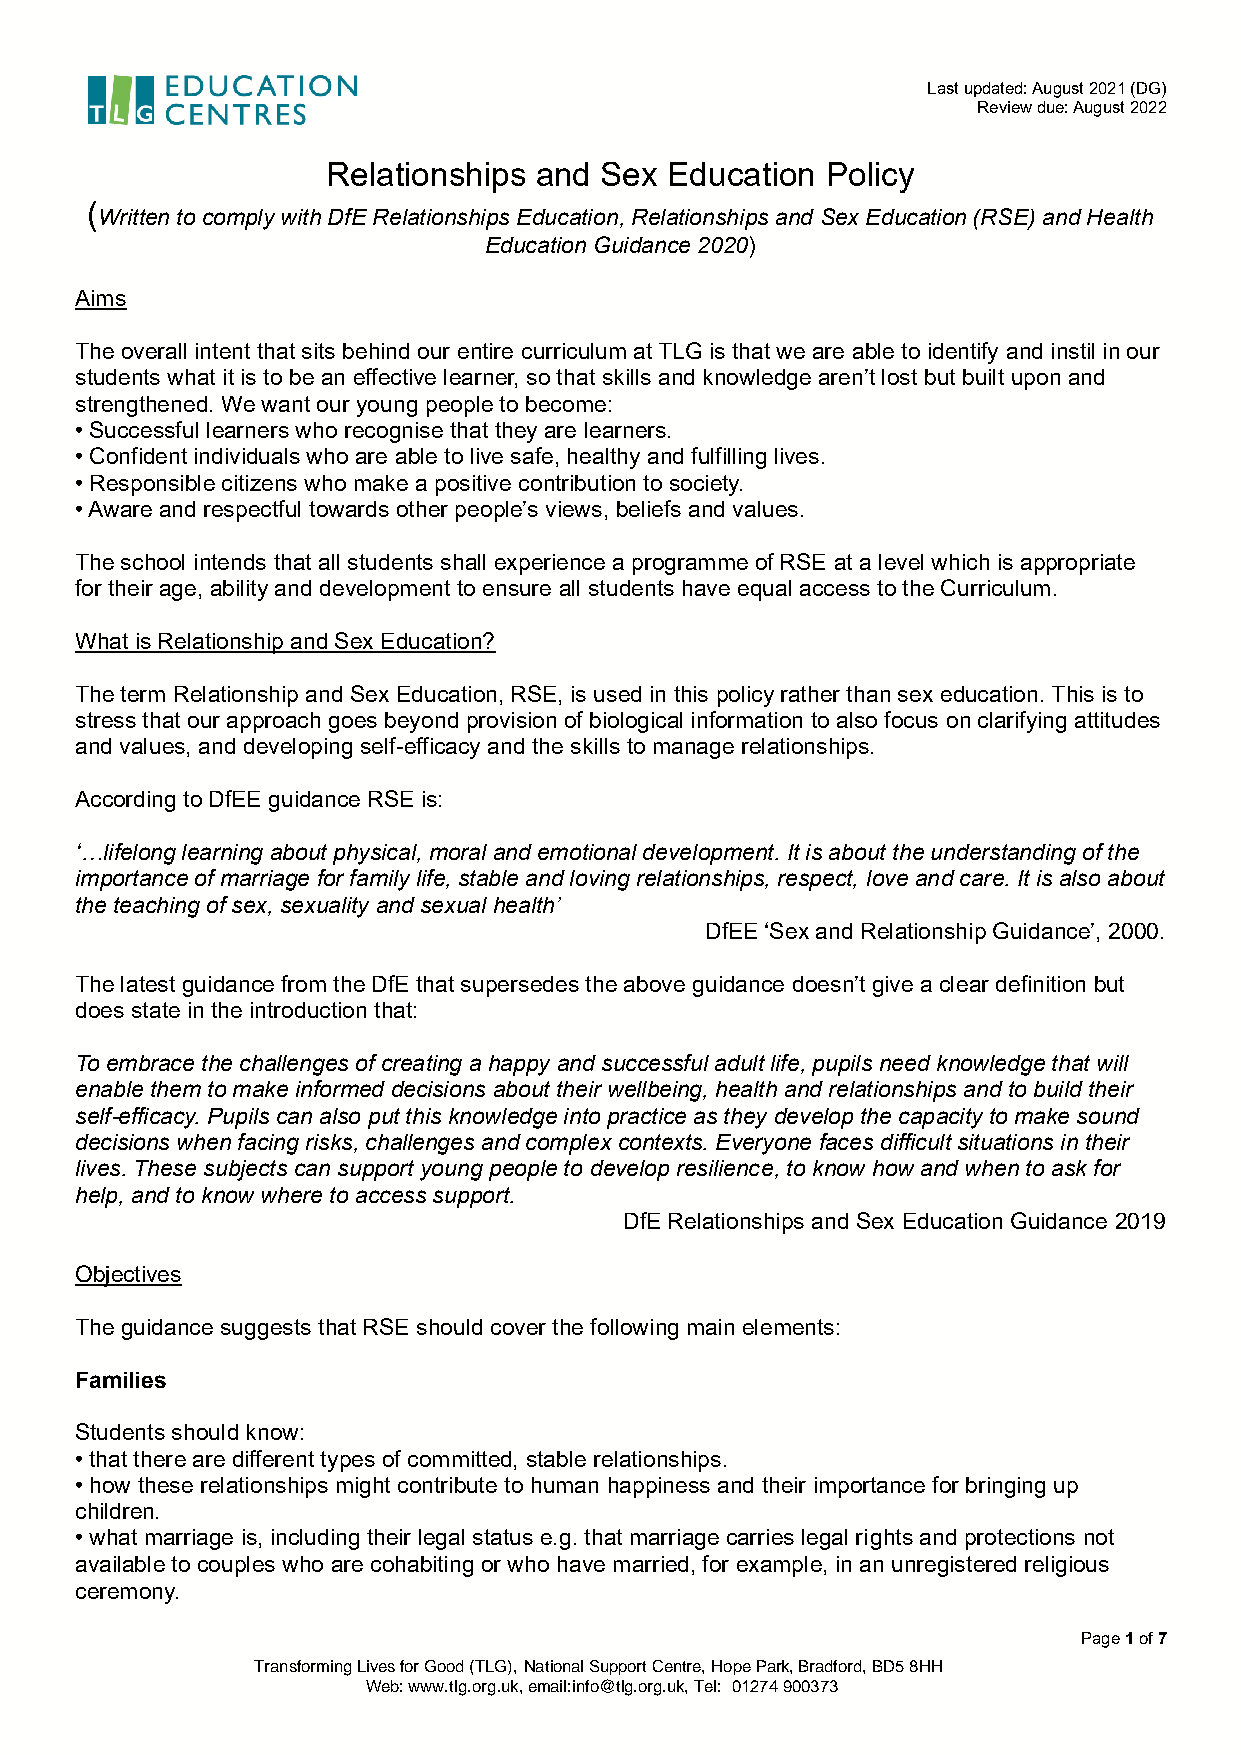
Last updated: August 2021 (DG)
 Review due: August 2022
 Relationships and Sex Education  Policy
 (
 Written to comply with DfE Relationships Education, Relationships and Sex Education (RSE) and Health
 Education Guidance 2020)
 Aims
 The overall intent that sits behind our entire curriculum at TLG is that we are able to identify and instil in our
 students what it is to be an effective learner, so that skills and knowledge aren’t lost but built upon and
 strengthened. We want our young people to become:
 • Successful learners who recognise that they are learners.
 • Confident individuals who are able to live safe, healthy and fulfilling lives.
 • Responsible citizens who make a positive contribution to society.
 • Aware and respectful towards other people’s views, beliefs and values.
 The school intends that all students shall experience a programme of RSE at a level which is appropriate
 for their age, ability and development to ensure all students have equal access to the Curriculum.
 What is Relationship and Sex Education?
 The term Relationship and Sex Education, RSE, is used in this policy rather than sex education. This is to
 stress that our approach goes beyond provision of biological information to also focus on clarifying attitudes
 and values, and developing self-efficacy and the skills to manage relationships.
 According to DfEE guidance RSE is:
 ‘…lifelong learning about physical, moral and emotional development. It is about the understanding of the
 importance of marriage for family life, stable and loving relationships, respect, love and care. It is also about
 the teaching of sex, sexuality and sexual health’
 DfEE ‘Sex and Relationship Guidance’, 2000.
 The latest guidance from the DfE that supersedes the above guidance doesn’t give a clear definition but
 does state in the introduction that:
 To embrace the challenges of creating a happy and successful adult life, pupils need knowledge that will
 enable them to make informed decisions about their wellbeing, health and relationships and to build their
 self-efficacy. Pupils can also put this knowledge into practice as they develop the capacity to make sound
 decisions when facing risks, challenges and complex contexts. Everyone faces difficult situations in their
 lives. These subjects can support young people to develop resilience, to know how and when to ask for
 help, and to know where to access support.
 DfE Relationships and Sex Education Guidance 2019
 Objectives
 The guidance suggests that RSE should cover the following main elements:
 Families
 Students should know:
 • that there are different types of committed, stable relationships.
 • how these relationships might contribute to human happiness and their importance for bringing up
 children.
 • what marriage is, including their legal status e.g. that marriage carries legal rights and protections not
 available to couples who are cohabiting or who have married, for example, in an unregistered religious
 ceremony.
 Page 1 of 7
 Transforming Lives for Good (TLG), National Support Centre, Hope Park, Bradford, BD5 8HH
 Web: www.tlg.org.uk, email:info@tlg.org.uk, Tel: 01274 900373